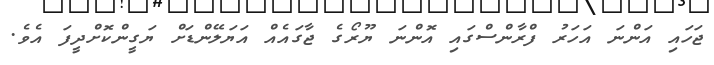
ޖަހައި އަންނަ އަހަރު ފްރާންސްގައި އޮންނަ ޔޫރޯގެ ޖާގައެއް އަޔަލޭންޑަށް ޔަގީންކޮށްދީފަ އެވެ.